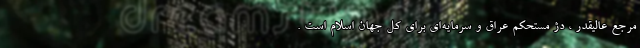
مرجع عالیقدر ، دژ مستحکم عراق و سرمایه‌ای برای کل جهان اسلام است .